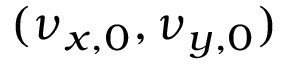
( \nu _ { x , 0 } , \nu _ { y , 0 } )